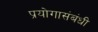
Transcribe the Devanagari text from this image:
प्रयोगासंबंधी